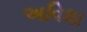
અવિધા